Newspaper: The Highland weekly news. [volume]
Place of publication: Hillsborough [Hillsboro], Highland County, Ohio
Publisher: Joseph L. Boardman
Date: 1875-05-27 00:00:00
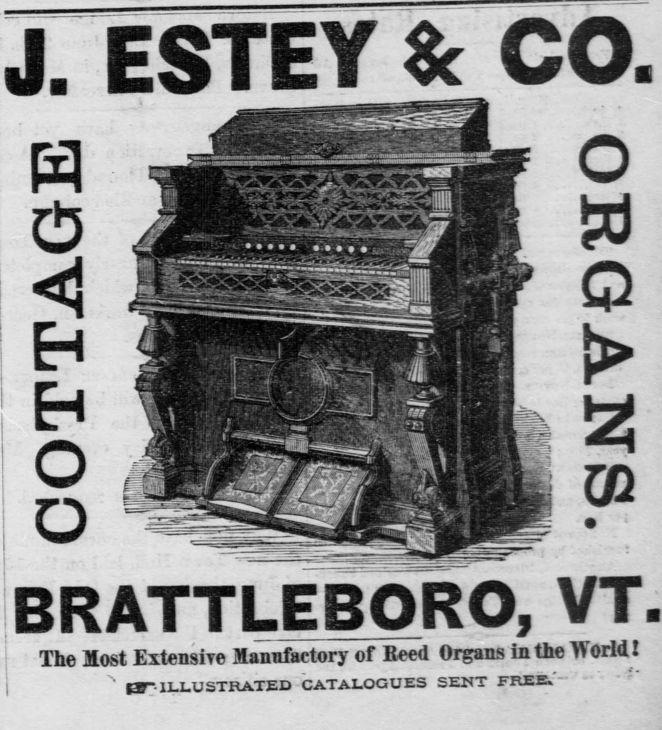
Advertisement text (OCR):
a H. O O rA?!5vVTW RAT TLEBORO, 7 f Q i VT. The Most Extensile Manufactory of Eeed Organs ki the World ! IS"-ILLUSTRATED CATALOGUES SENT FREE.'" " ' "
Label: illustrations